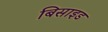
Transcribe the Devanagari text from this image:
बिसाइड